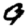
Digit: 9